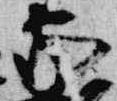
家